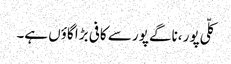
کلّی پور ،ناگے پور سے کافی بڑا گاؤں ہے۔